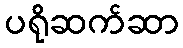
ပရိုဆက်ဆာ